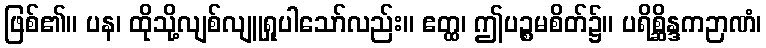
ဖြစ်၏။ ပန၊ ထိုသို့လျစ်လျူရှုပါသော်လည်း။ ဧတ္ထ၊ ဤပဉ္စမစိတ်၌။ ပရိစ္ဆိန္ဒကဉာဏံ၊